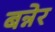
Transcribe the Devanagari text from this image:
बन्नेर